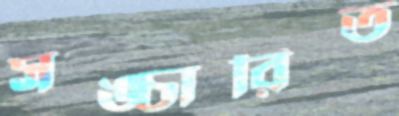
সঙ্চারিত